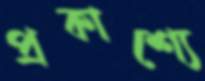
প্রকাশ্যে